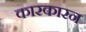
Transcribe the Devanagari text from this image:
कारकारन